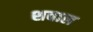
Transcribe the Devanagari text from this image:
शवाल